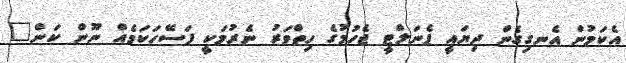
އެކަމުން އެނގިގެން ދިޔައީ ޕެނަލްޓީ ޖެހުމުގެ ހިތްވަރު ނެރުމަކީ ފަސޭހަކަމެއް ނޫން ކަން"